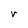
Character: r